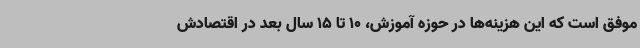
موفق است که این هزینه‌ها در حوزه آموزش، 10 تا 15 سال بعد در اقتصادش